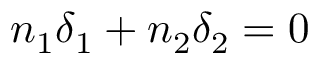
n _ { 1 } \delta _ { 1 } + n _ { 2 } \delta _ { 2 } = 0